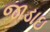
જાડાઇ